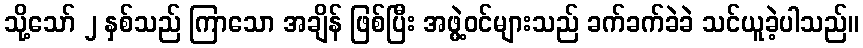
သို့သော် ၂ နှစ်သည် ကြာသော အချိန် ဖြစ်ပြီး အဖွဲ့ဝင်များသည် ခက်ခက်ခဲခဲ သင်ယူခဲ့ပါသည်။